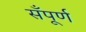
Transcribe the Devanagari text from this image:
सँपूर्ण